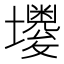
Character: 𡓌